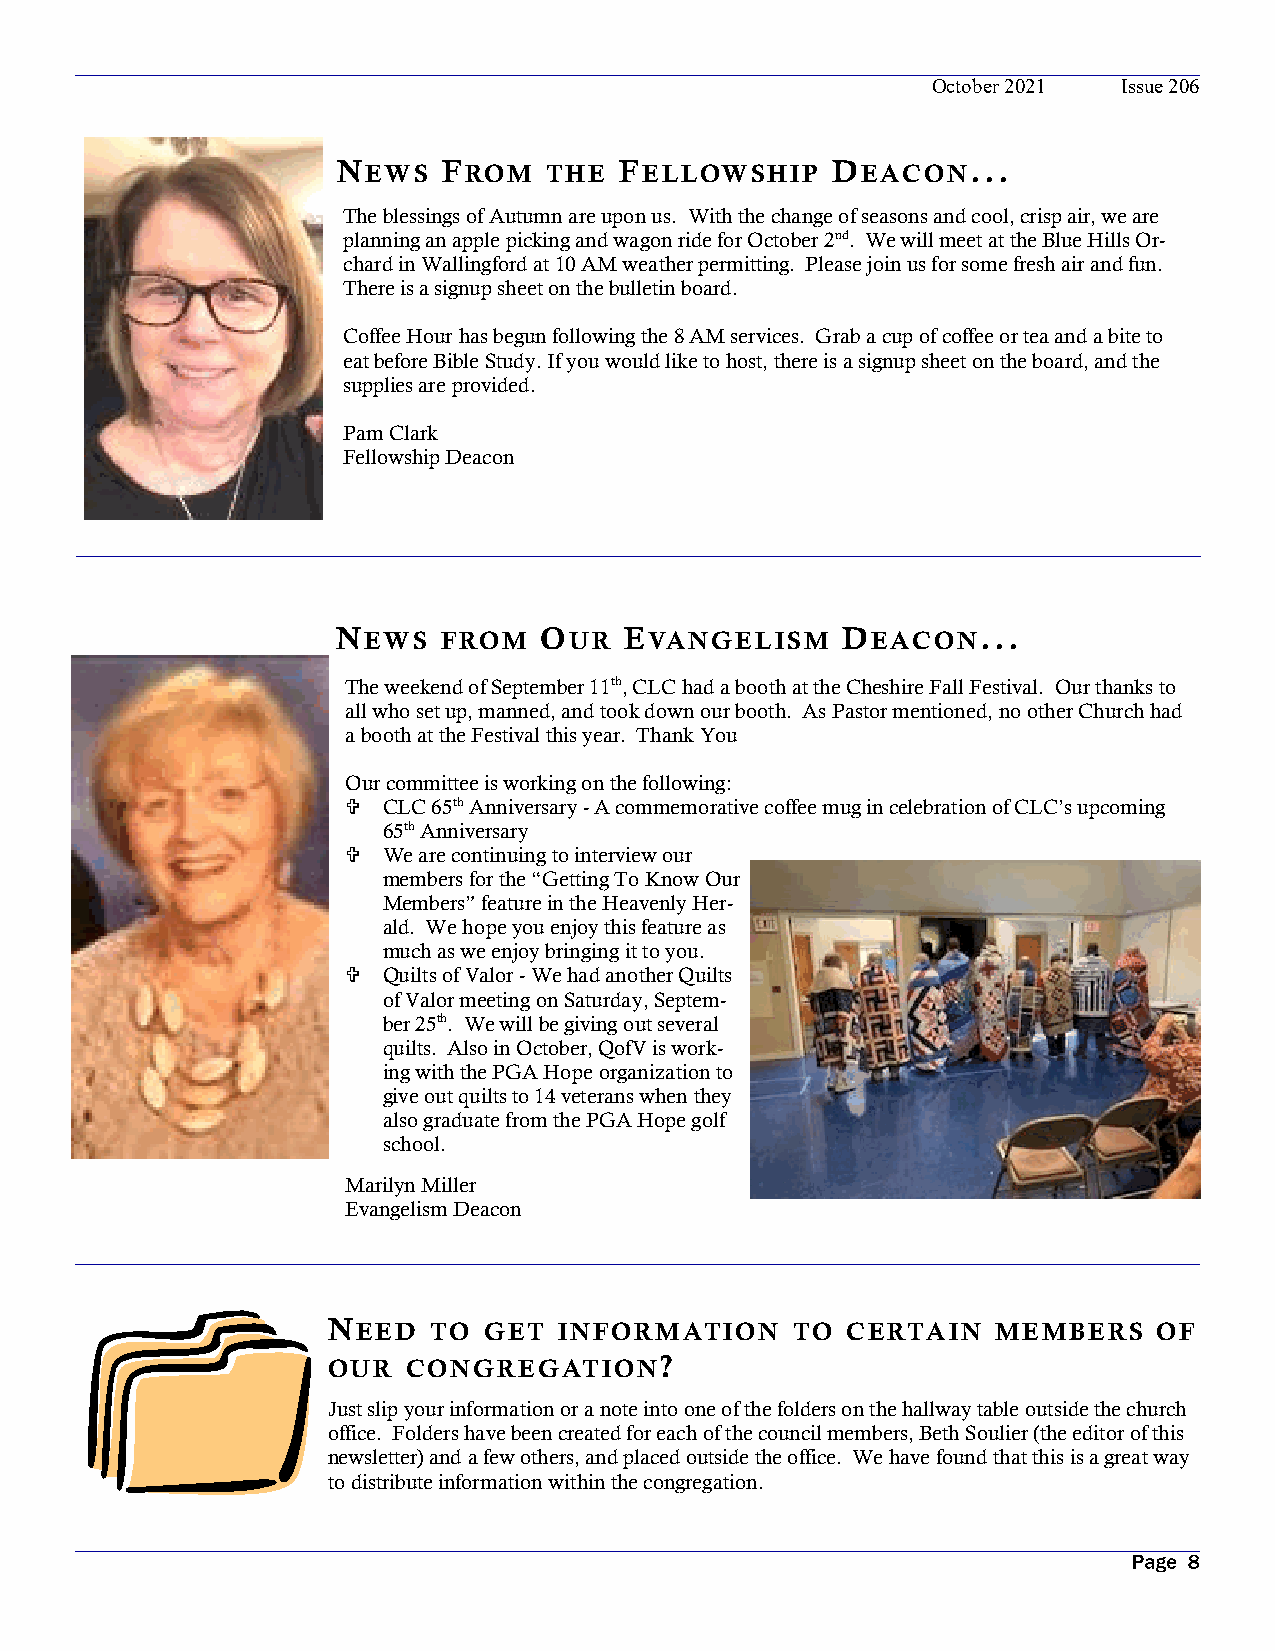
October 2021 Issue 206
 NEWS   FROM   THE  FELLOWSHIP    DEACON...
 The blessings of Autumn are upon us. With the change of seasons and cool, crisp air, we are
 planning an apple picking and wagon ride for October 2nd. We will meet at the Blue Hills Or-
 chard in Wallingford at 10 AM weather permitting. Please join us for some fresh air and fun.
 There is a signup sheet on the bulletin board.
 Coffee Hour has begun following the 8 AM services. Grab a cup of coffee or tea and a bite to
 eat before Bible Study. If you would like to host, there is a signup sheet on the board, and the
 supplies are provided.
 Pam Clark
 Fellowship Deacon
 NEWS   FROM   OUR  EVANGELISM     DEACON...
 The weekend of September 11th, CLC had a booth at the Cheshire Fall Festival. Our thanks to
 all who set up, manned, and took down our booth. As Pastor mentioned, no other Church had
 a booth at the Festival this year. Thank You
 Our committee is working on the following:
  CLC 65th Anniversary - A commemorative coffee mug in celebration of CLC’s upcoming
 65th Anniversary
  We are continuing to interview our
 members for the “Getting To Know Our
 Members” feature in the Heavenly Her-
 ald. We hope you enjoy this feature as
 much as we enjoy bringing it to you.
  Quilts of Valor - We had another Quilts
 of Valor meeting on Saturday, Septem-
 ber 25th. We will be giving out several
 quilts. Also in October, QofV is work-
 ing with the PGA Hope organization to
 give out quilts to 14 veterans when they
 also graduate from the PGA Hope golf
 school.
 Marilyn Miller
 Evangelism Deacon
 NEED  TO  GET  INFORMATION    TO  CERTAIN   MEMBERS    OF
 OUR  CONGREGATION?
 Just slip your information or a note into one of the folders on the hallway table outside the church
 office. Folders have been created for each of the council members, Beth Soulier (the editor of this
 newsletter) and a few others, and placed outside the office. We have found that this is a great way
 to distribute information within the congregation.